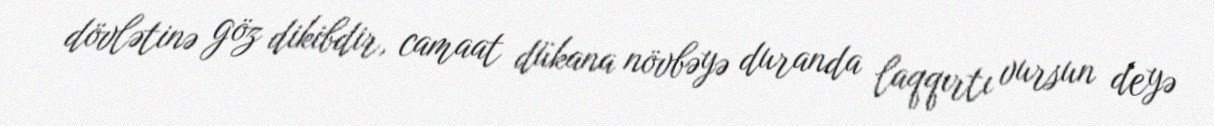
dövlətinə göz dikibdir, camaat dükana növbəyə duranda laqqırtı vursun deyə